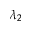
\lambda _ { 2 }